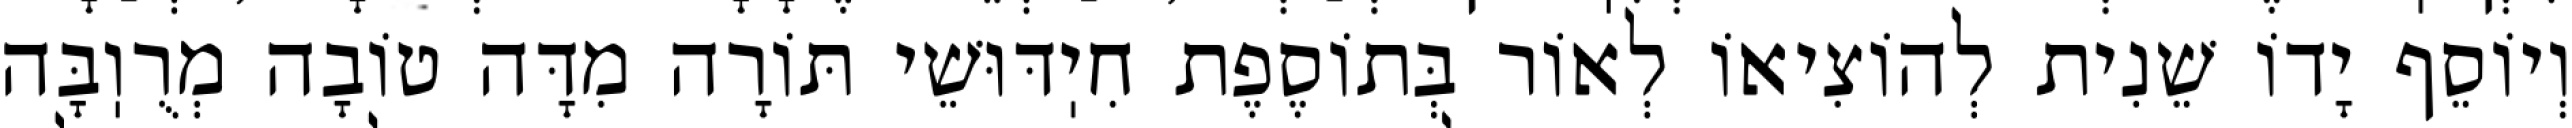
וְיוֹסֵף יָדוֹ שֵׁנִית לְהוֹצִיאוֹ לְאוֹר בְּתוֹסֶפֶת חִיֽדּוּשֵׁי תּוֹרָה מִדָּה טוֹבָה מְרֻוֽבָּה